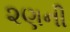
૨ણની